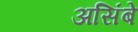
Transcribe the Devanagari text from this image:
असिंबे